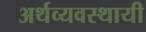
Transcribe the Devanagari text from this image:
अर्थव्यवस्थायी